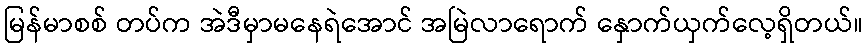
မြန်မာစစ် တပ်က အဲဒီမှာမနေရဲအောင် အမြဲလာရောက် နှောက်ယှက်လေ့ရှိတယ်။